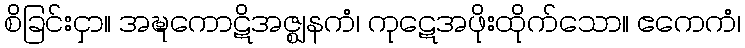
စိခြင်းငှာ။ အဍ္ဎကောဋိအဇ္ဈနကံ၊ ကုဋေအဖိုးထိုက်သော။ ဧကေကံ၊